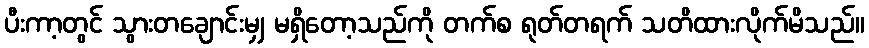
ပီးကာ့တွင် သွားတချောင်းမျှ မရှိတော့သည်ကို တက်စ ရုတ်တရက် သတိထားလိုက်မိသည်။